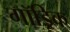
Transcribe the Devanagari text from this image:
गॉड्रिक